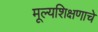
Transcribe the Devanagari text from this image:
मूल्यशिक्षणाचे